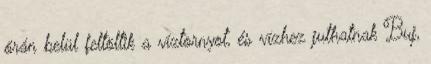
órán belül feltöltik a víztornyot, és vízhez juthatnak Buj,